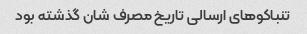
تنباکو‌های ارسالی تاریخ مصرف شان گذشته بود